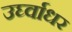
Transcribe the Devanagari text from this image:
उर्घ्वाधर